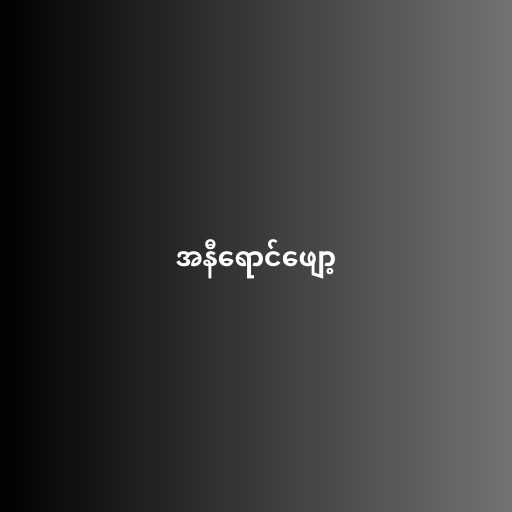
အနီရောင်ဖျော့